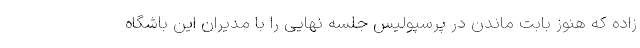
زاده که هنوز بابت ماندن در پرسپولیس جلسه نهایی را با مدیران این باشگاه